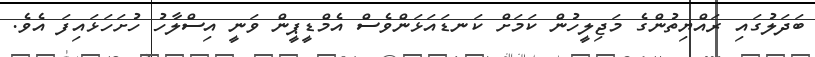
ބަދަލުގައި ރައްޔިތުންގެ މަޖިލީހުން ކަމަށް ކަނޑައަޅަންވެސް އެމްޑީޕީން ވަނީ އިސްލާހު ހުށަހަޅައިފަ އެވެ.